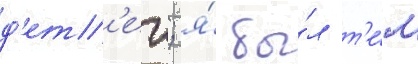
д'ет'еи; я́ бы́л т'е́м